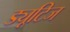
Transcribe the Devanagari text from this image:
ड्यूटिज